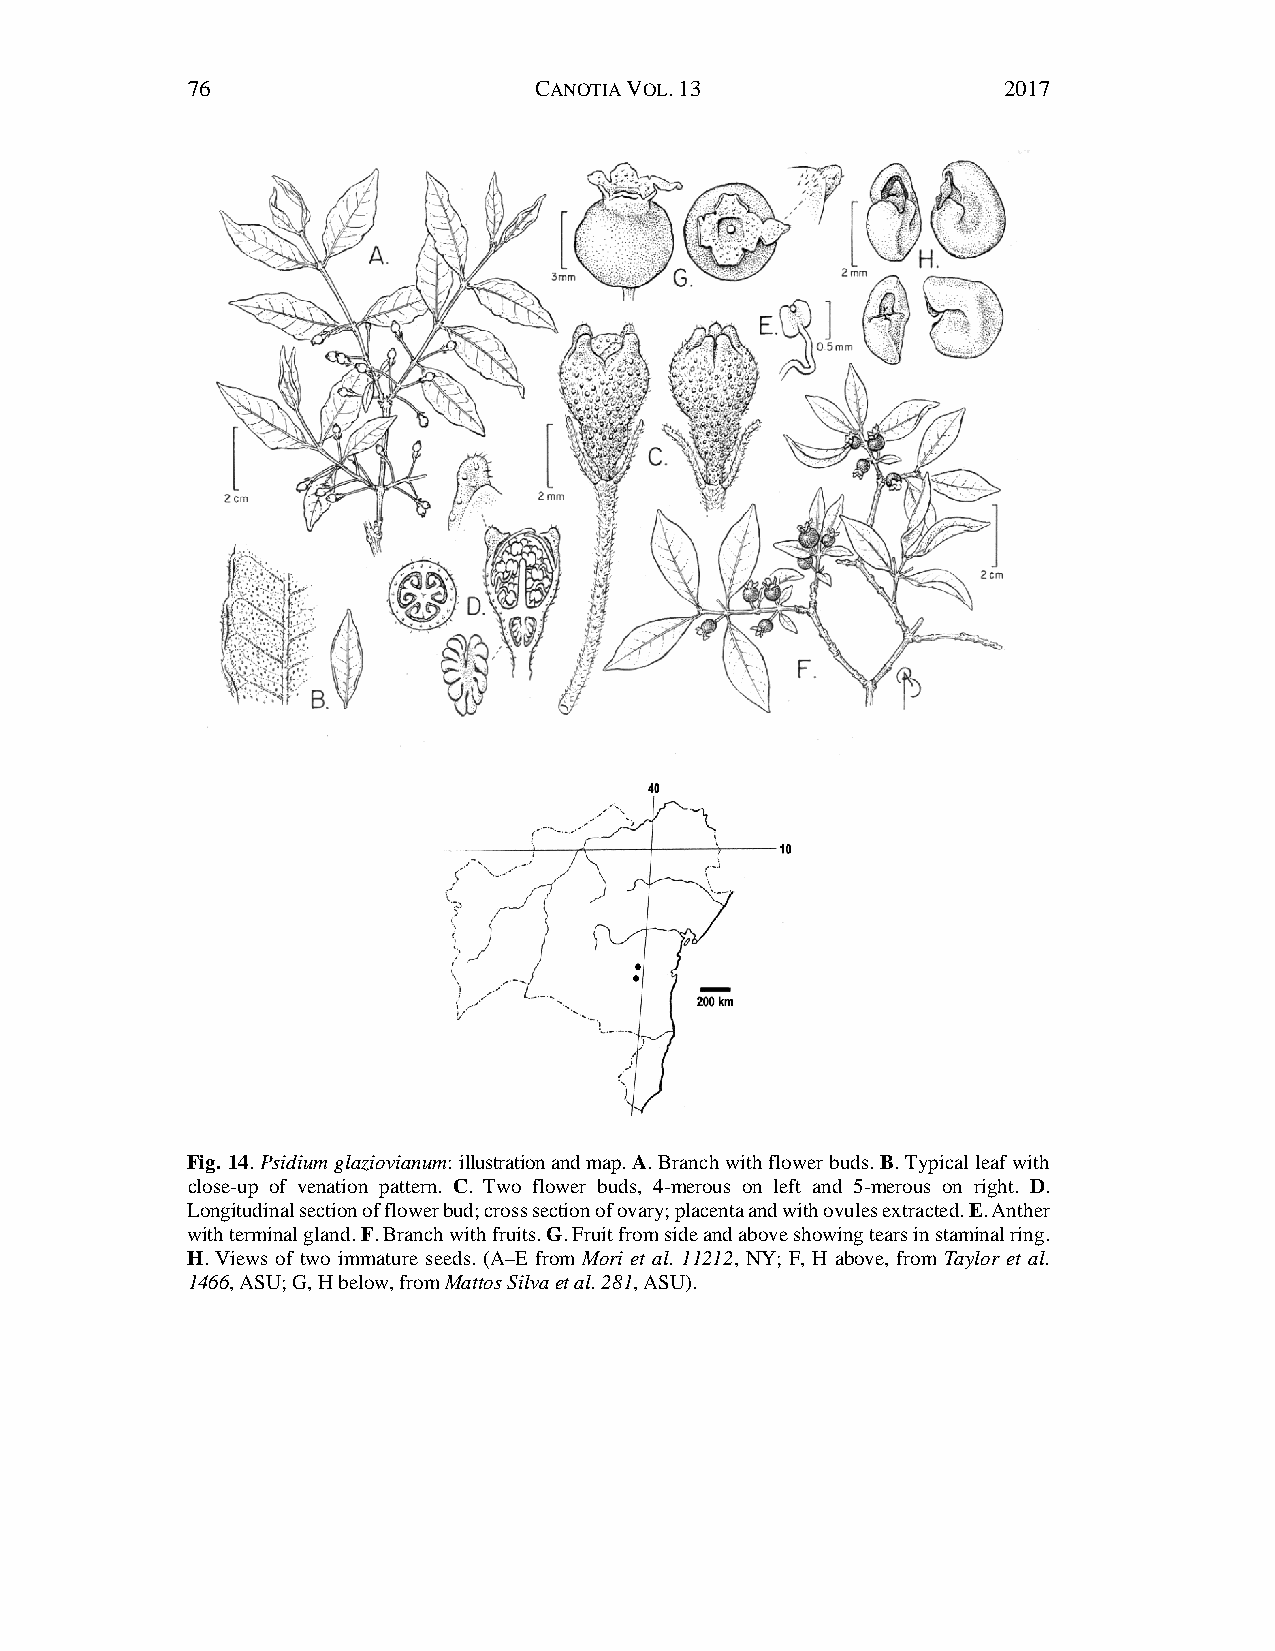
76                     CANOTIA VOL. 13                2017
 Fig. 14. Psidium glaziovianum: illustration and map. A. Branch with flower buds. B. Typical leaf with
 close-up of venation pattern. C. Two flower buds, 4-merous on left and 5-merous on right. D.
 Longitudinal section of flower bud; cross section of ovary; placenta and with ovules extracted. E. Anther
 with terminal gland. F. Branch with fruits. G. Fruit from side and above showing tears in staminal ring.
 H. Views of two immature seeds. (A–E from Mori et al. 11212, NY; F, H above, from Taylor et al.
 1466, ASU; G, H below, from Mattos Silva et al. 281, ASU).